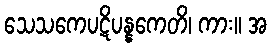
သေသကေပဋိပန္နကေတိ၊ ကား။ အ